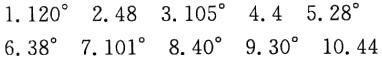
1. \(120^{\circ}\)  2. \(48\)  3. \(105^{\circ}\)  4. \(4\)  5. \(28^{\circ}\)  6. \(38^{\circ}\)  7. \(101^{\circ}\)  8. \(40^{\circ}\)  9. \(30^{\circ}\)  10. \(44\)